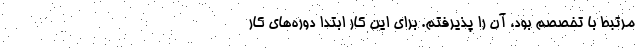
مرتبط با تخصصم بود، آن را پذیرفتم. برای این کار ابتدا دوره‌های کار